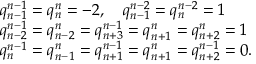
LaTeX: \begin{array} { l c r } { { q _ { n - 1 } ^ { n - 1 } = q _ { n } ^ { n } = - 2 , \quad q _ { n - 1 } ^ { n - 2 } = q _ { n } ^ { n - 2 } = 1 } } \\ { { q _ { n - 2 } ^ { n - 1 } = q _ { n - 2 } ^ { n } = q _ { n + 3 } ^ { n - 1 } = q _ { n + 1 } ^ { n } = q _ { n + 2 } ^ { n } = 1 } } \\ { { q _ { n } ^ { n - 1 } = q _ { n - 1 } ^ { n } = q _ { n + 1 } ^ { n - 1 } = q _ { n + 1 } ^ { n } = q _ { n + 2 } ^ { n - 1 } = 0 . } } \end{array}